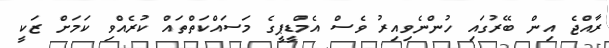
ރާއްޖެ އިން ބޭރުގައި ހުންނެވިއިރު ވެސް އެމްޑީޕީގެ މަސައްކަތްތައް ކުރެއްވި ކަމަށް ޒަކީ